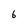
Character: 6